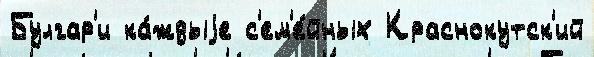
Булгар'и ка́ждыjе с'ем'е́йных Краснокутск'ий